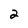
Character: 2